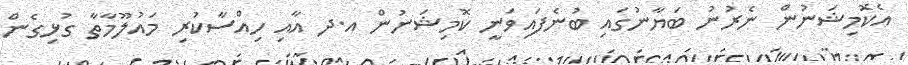
އެކޮމިޝަނުން ނެރުނު ބަޔާނުގައި ބުނެފައިވަނީ ކޮމިޝަނުން އ.ދ އާއި ހިއްސާކުރި މައުލޫމާތާ ގުޅިގެން